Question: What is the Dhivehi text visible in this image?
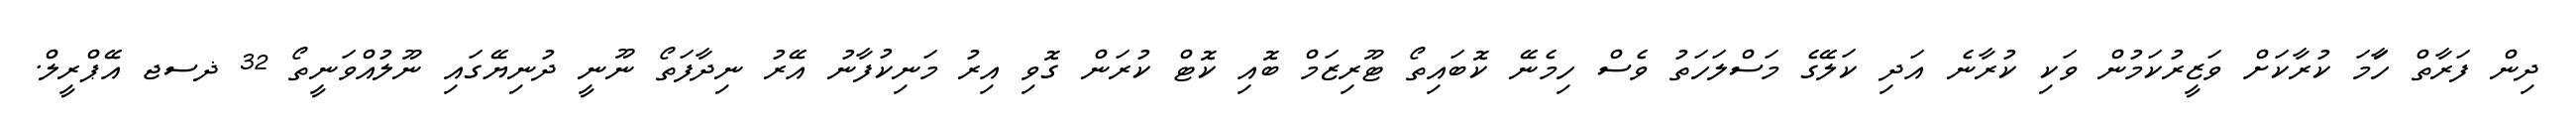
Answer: ދިން ފަރާތް ހަާމަ ކުރާކަށް ވަޒީރުކަމުން ވަކި ކުރާނެ އަދި ކަލޭގެ މަސްލަހަތު ވެސް ހިމެނޭ ކޮބައިތޯ ޓޫރިޒަމް ބޮއި ކޮޓް ކުރަން ގޮވި އިރު މަނިކުފާނު އޭރު ނިދާފަތޯ ނޫނީ ދުނިޔޭގައި ނޫލުއްވަނީތޯ 32 ޛސޖ އޭޕްރީލް.